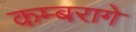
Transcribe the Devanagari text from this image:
कम्बरागे